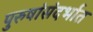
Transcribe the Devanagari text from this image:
पुरुषांसंदर्भात